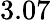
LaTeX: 3.07